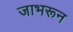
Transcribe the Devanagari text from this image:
जाभरून